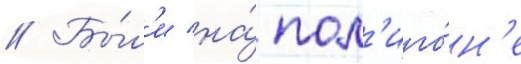
// Бы́л'и на́ пол'иго́н'е